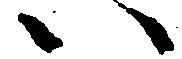
い